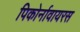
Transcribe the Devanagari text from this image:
पिकोर्नावायरस